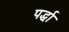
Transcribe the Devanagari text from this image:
पर्द्धा